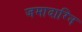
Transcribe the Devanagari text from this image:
जमादाग्नि